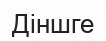
Діншге